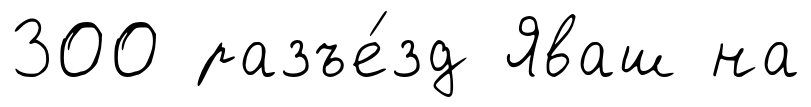
300 разъе́зд Яваш на